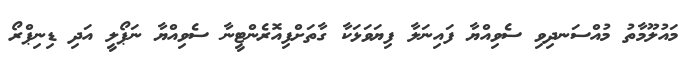
މައުލޫމާތު މުއްސަނދިވި ސެވިއްޔާ ފައިނަލާ ފިޔަވަޅަކާ ގާތަށްފިއޮރެންޓީނާ ސެވިއްޔާ ނަޕޯލީ އަދި ޑިނިޕްރޯ